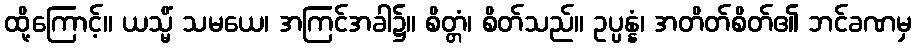
ထို့ကြောင့်။ ယသ္မိံ သမယေ၊ အကြင်အခါ၌။ စိတ္တံ၊ စိတ်သည်။ ဥပ္ပန္နံ၊ အတိတ်စိတ်၏ ဘင်ခဏမှ